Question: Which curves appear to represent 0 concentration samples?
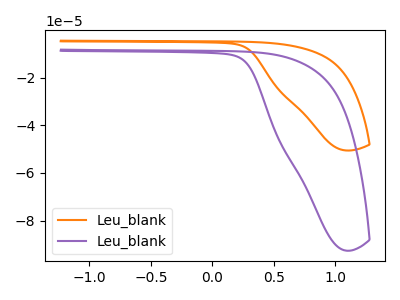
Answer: <think>The orange curve "Leu_blank1" has no peaks. The purple curve "Leu_blank2" has no peaks.</think>
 <answer>"Leu_blank1" and "Leu_blank2" are likely to be blanks.</answer>
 <eval>"Leu_blank1", "Leu_blank2"</eval>